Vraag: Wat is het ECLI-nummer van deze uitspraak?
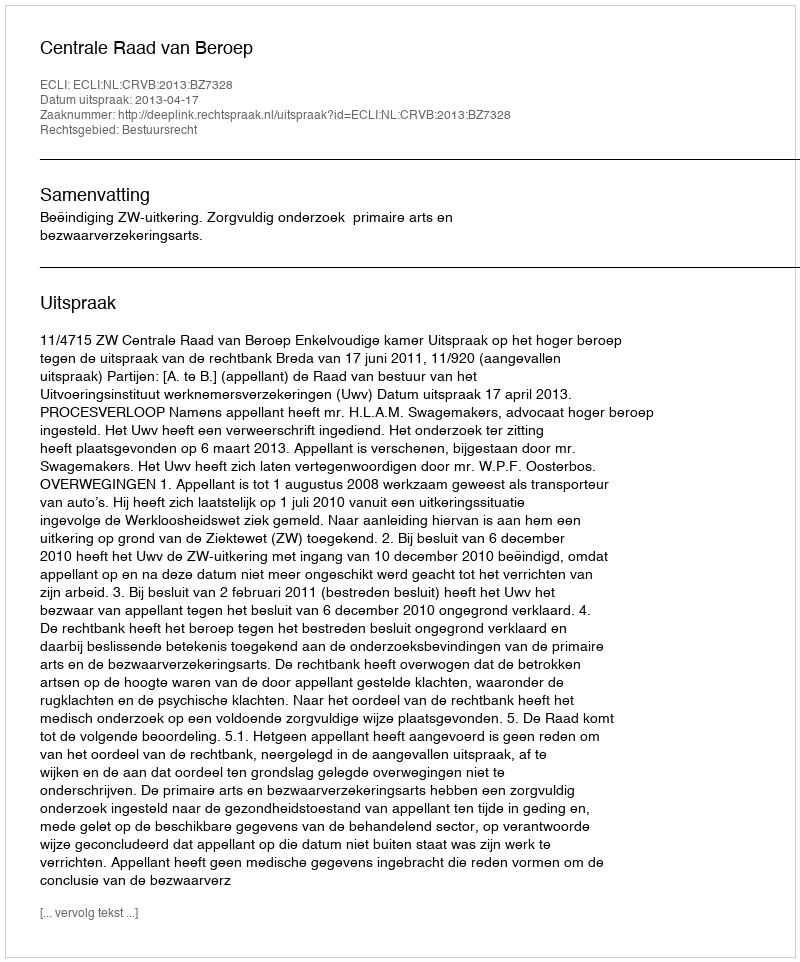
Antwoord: ECLI:NL:CRVB:2013:BZ7328